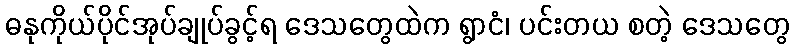
ဓနုကိုယ်ပိုင်အုပ်ချုပ်ခွင့်ရ ဒေသတွေထဲက ရွာငံ၊ ပင်းတယ စတဲ့ ဒေသတွေ